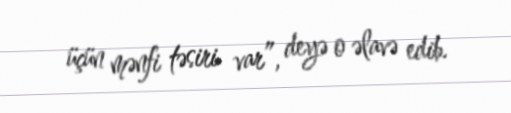
üçün mənfi təsiri var”, deyə o əlavə edib.